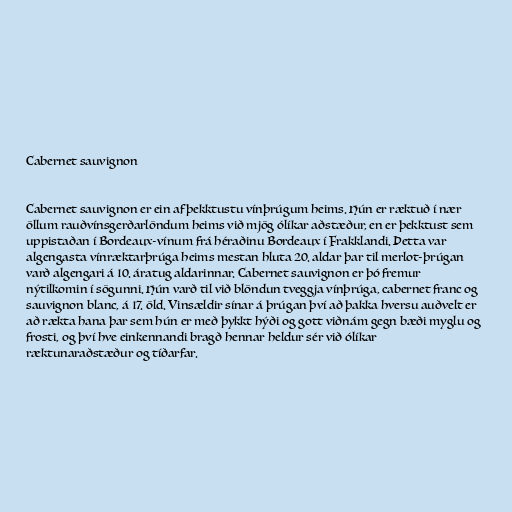
Cabernet sauvignon

Cabernet sauvignon er ein af þekktustu vínþrúgum heims. Hún er ræktuð í nær
öllum rauðvínsgerðarlöndum heims við mjög ólíkar aðstæður, en er þekktust sem
uppistaðan í Bordeaux-vínum frá héraðinu Bordeaux í Frakklandi. Þetta var
algengasta vínræktarþrúga heims mestan hluta 20. aldar þar til merlot-þrúgan
varð algengari á 10. áratug aldarinnar. Cabernet sauvignon er þó fremur
nýtilkomin í sögunni. Hún varð til við blöndun tveggja vínþrúga, cabernet franc og
sauvignon blanc, á 17. öld. Vinsældir sínar á þrúgan því að þakka hversu auðvelt er
að rækta hana þar sem hún er með þykkt hýði og gott viðnám gegn bæði myglu og
frosti, og því hve einkennandi bragð hennar heldur sér við ólíkar
ræktunaraðstæður og tíðarfar.